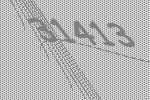
31413